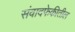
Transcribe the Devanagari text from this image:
संवादफेकीतील